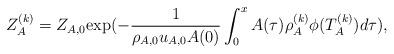
LaTeX: \begin{align*}Z_A^{(k)} =Z_{A,0}\mathrm{exp}(-\frac{1}{\rho_{A,0} u_{A,0} A(0)}\int_0^x A(\tau)\rho_A^{(k)}\phi(T_A^{(k)})d\tau),\end{align*}